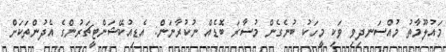
މައުލޫމާތު މުއްސަނދިވި ވަކި މީހަކު ބުނެގެން މުސާރަ ބޮޑެއް ނުކުރާނަން: އެޑިއުކޭޝަންޓީޗަރުންގެ އެދުންތަކަށް